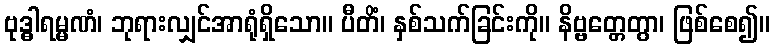
ဗုဒ္ဓါရမ္မဏံ၊ ဘုရားလျှင်အာရုံရှိသော။ ပီတိံ၊ နှစ်သက်ခြင်းကို။ နိဗ္ဗတ္တေတွာ၊ ဖြစ်စေ၍။